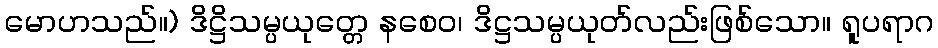
မောဟသည်။) ဒိဋ္ဌိသမ္ပယုတ္တေ နစေဝ၊ ဒိဋ္ဌသမ္ပယုတ်လည်းဖြစ်သော။ ရူပရာဂ